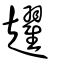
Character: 趯